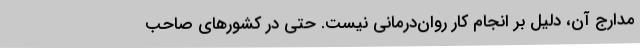
مدارج آن، دلیل بر انجام کار روان‌درمانی نیست. حتی در کشورهای صاحب